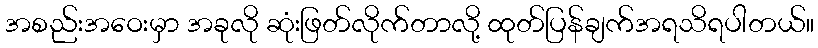
အစည်းအဝေးမှာ အခုလို ဆုံးဖြတ်လိုက်တာလို့ ထုတ်ပြန်ချက်အရသိရပါတယ်။